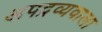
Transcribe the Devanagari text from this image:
अपद्रव्यवाला